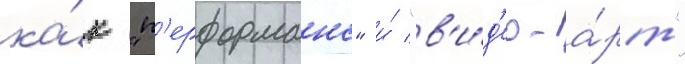
ка́к "п'ерформанс" и́ "в'и́д'ео-а́рт"